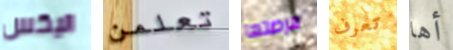
اليكس تعلمن فرصتها تعرف أها